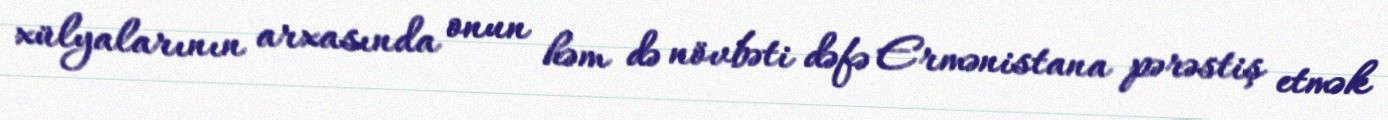
xülyalarının arxasında onun həm də növbəti dəfə Ermənistana pərəstiş etmək